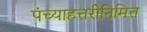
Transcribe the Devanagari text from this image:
पंच्याहत्तरीनिमित्त